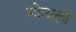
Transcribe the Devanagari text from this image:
माेठाली